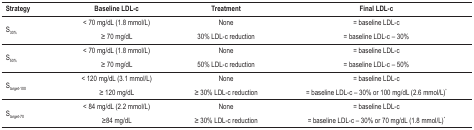
<table><thead><tr><td><b>Strategy</b></td><td><b>Baseline LDL-c</b></td><td><b>Treatment</b></td><td><b>Final LDL-c</b></td></tr></thead><tbody><tr><td rowspan="2">S<sub>30%</sub></td><td>&lt; 70 mg/dL (1.8mmol/L)</td><td>None</td><td>= baselineLDL-c</td></tr><tr><td>≥ 70 mg/dL</td><td>30% LDL-c reduction</td><td>= baseline LDL-c – 30%</td></tr><tr><td rowspan="2">S<sub>50%</sub></td><td>&lt; 70 mg/dL (1.8mmol/L)</td><td>None</td><td>= baselineLDL-c</td></tr><tr><td>≥ 70 mg/dL</td><td>50% LDL-c reduction</td><td>= baseline LDL-c – 50%</td></tr><tr><td rowspan="2">S<sub>target-100</sub></td><td>&lt; 120 mg/dL (3.1mmol/L)</td><td>None</td><td>= baselineLDL-c</td></tr><tr><td>≥ 120 mg/dL</td><td>≥ 30% LDL-c reduction</td><td>= baseline LDL-c – 30% or 100 mg/dL (2.6mmol/L)*</td></tr><tr><td rowspan="2">S<sub>target-70</sub></td><td>&lt; 84 mg/dL (2.2mmol/L)</td><td>None</td><td>= baselineLDL-c</td></tr><tr><td>≥84 mg/dL</td><td>≥ 30% LDL-c reduction</td><td>= baseline LDL-c – 30% or 70 mg/dL (1.8mmol/L)*</td></tr></tbody></table>